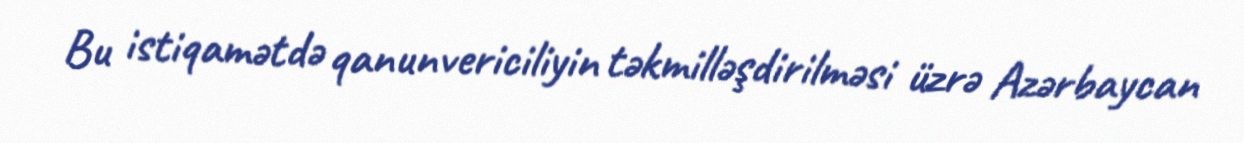
Bu istiqamətdə qanunvericiliyin təkmilləşdirilməsi üzrə Azərbaycan